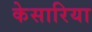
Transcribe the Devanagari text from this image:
केसारिया